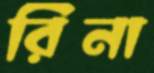
রিনা